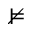
\nvDash